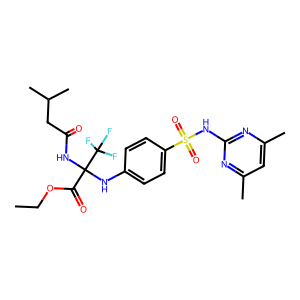
SMILES: CCOC(=O)C(NC(=O)CC(C)C)(Nc1ccc(S(=O)(=O)Nc2nc(C)cc(C)n2)cc1)C(F)(F)F
Inhibits HIV replication: No